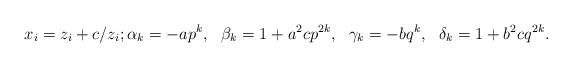
LaTeX: \begin{align*}x_i=z_i+c/z_i;\alpha_k=-ap^{k},\ \ \beta_k=1+a^2c p^{2k},\ \ \gamma_k=-b q^{k},\ \ \delta_k=1+b^2 cq^{2k}. \end{align*}